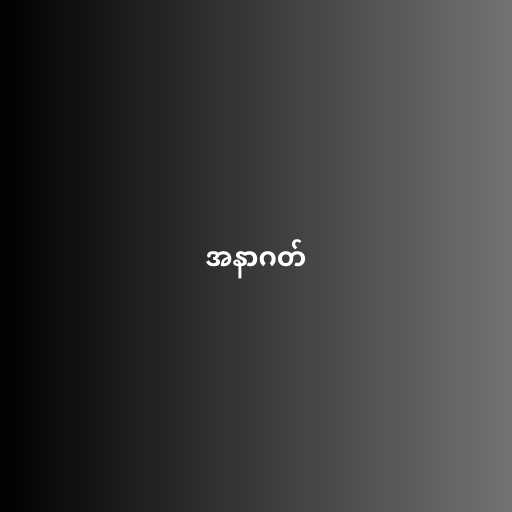
အနာဂတ်